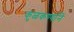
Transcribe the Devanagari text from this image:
कुळकर्ण्यानें